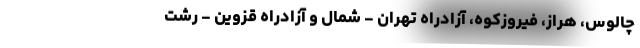
چالوس، هراز، فیروزکوه، آزادراه تهران - شمال و آزادراه قزوین - رشت